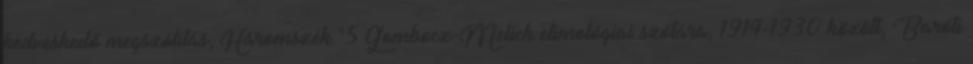
kedveskedő megszólítás, Háromszék."5 Gombocz-Melich etimológiai szótára, 1914-1930 között, Baróti